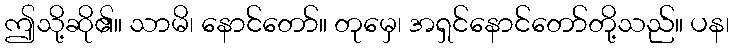
ဤသို့ဆို၏။ သာမိ၊ နောင်တော်။ တုမှေ၊ အရှင်နောင်တော်တို့သည်။ ပန၊